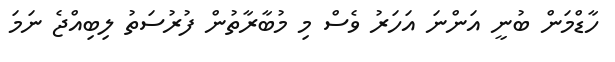
ހާޑްމަން ބުނީ އަންނަ އަހަރު ވެސް މި މުބާރާތުން ފުރުސަތު ލިބިއްޖެ ނަމަ